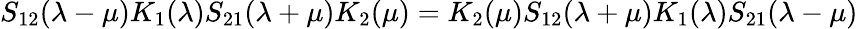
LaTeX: S_{12}(\lambda-\mu)K_{1}(\lambda)S_{21}(\lambda+\mu)K_{2}(\mu)=K_{2}(\mu)S_{12}(\lambda+\mu)K_{1}(\lambda)S_{21}(\lambda-\mu)